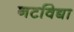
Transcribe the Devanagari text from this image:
नटविद्या